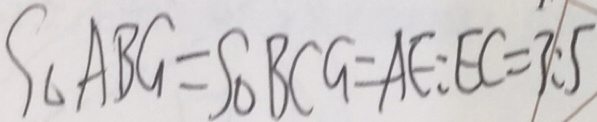
S _ { \Delta } A B G = S _ { \Delta } B C G = A E : E C = 3 : 5